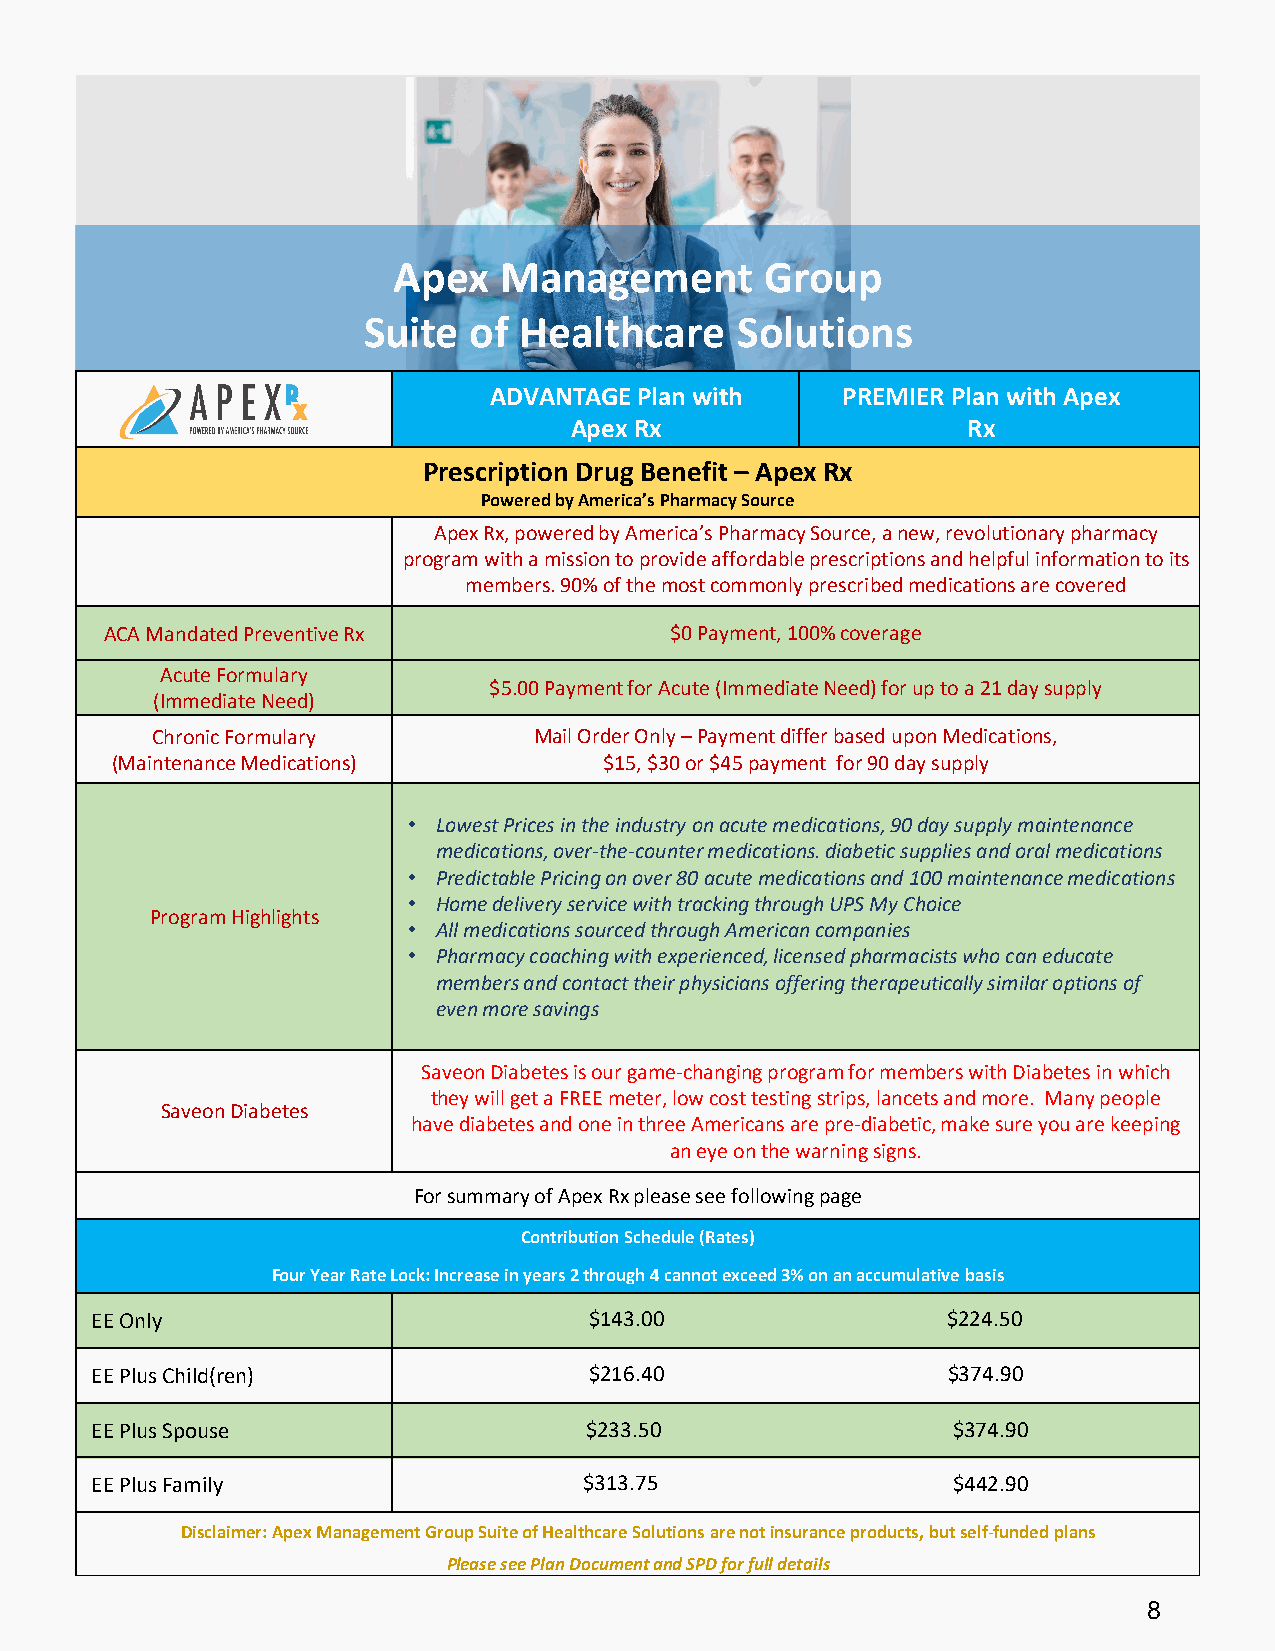
Apex   Management        Group
 Suite  of Healthcare     Solutions
 ADVANTAGE Plan with     PREMIER Plan with Apex
 Apex Rx                   Rx
 Prescription Drug Benefit – Apex Rx
 Powered by America’s Pharmacy Source
 Apex Rx, powered by America’s Pharmacy Source, a new, revolutionary pharmacy
 program with a mission to provide affordable prescriptions and helpful information to its
 members. 90% of the most commonly prescribed medications are covered
 ACA Mandated Preventive Rx           $0 Payment, 100% coverage
 Acute Formulary
 $5.00 Payment for Acute (Immediate Need) for up to a 21 day supply
 (Immediate Need)
 Chronic Formulary        Mail Order Only –Payment differ based upon Medications,
 (Maintenance Medications)        $15, $30 or $45 payment for 90 day supply
 • Lowest Prices in the industry on acute medications, 90 day supply maintenance
 medications, over-the-counter medications. diabetic supplies and oral medications
 • PredictablePricing on over 80 acute medications and 100 maintenance medications
 • Home delivery service with tracking through UPS My Choice
 Program Highlights
 • All medications sourced through American companies
 • Pharmacy coaching with experienced, licensed pharmacists who can educate
 members and contact their physicians offering therapeutically similar options of
 even more savings
 SaveonDiabetes is our game-changing program for members with Diabetes in which
 they will get a FREE meter, low cost testing strips, lancets and more. Many people
 SaveonDiabetes
 have diabetes and one in three Americans are pre-diabetic, make sure you are keeping
 an eye on the warning signs.
 For summary of Apex Rx please see following page
 Contribution Schedule (Rates)
 Four Year Rate Lock: Increase in years 2 through 4 cannot exceed 3% on an accumulative basis
 EE Only                          $143.00                 $224.50
 EE Plus Child(ren)               $216.40                 $374.90
 EE Plus Spouse                   $233.50                 $374.90
 EE Plus Family                   $313.75                 $442.90
 Disclaimer: Apex Management Group Suite of Healthcare Solutions are not insurance products, but self-funded plans
 Please see Plan Document and SPD for full details
 8